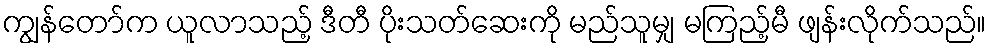
ကျွန်တော်က ယူလာသည့် ဒီတီ ပိုးသတ်ဆေးကို မည်သူမျှ မကြည့်မီ ဖျန်းလိုက်သည်။